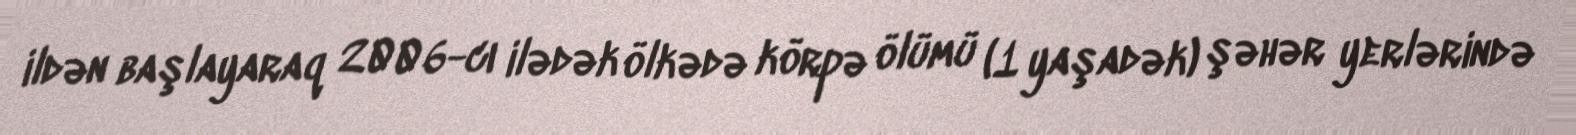
ildən başlayaraq 2006-cı ilədək ölkədə körpə ölümü (1 yaşadək) şəhər yerlərində